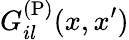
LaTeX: G_{il}^{\mathrm{(P)}}(x,x^{\prime})